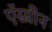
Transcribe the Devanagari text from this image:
ऍस्प्रीन